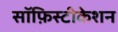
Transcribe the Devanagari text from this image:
सॉफ़िस्टीकेशन